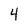
Character: 4